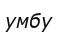
умбу